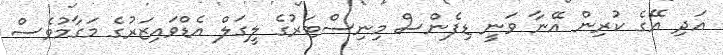
އަދި އޭގެ ކުރިން އޭނާ ވަނީ ޑިފެންސް މިނިސްޓަރުގެ ލީގަލް އެޑްވައިޒަރުގެ މަގާމުވެސް